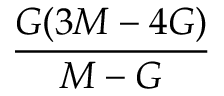
\frac { G ( 3 M - 4 G ) } { M - G }